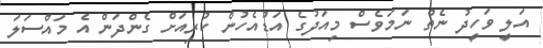
އަލީ ވަހީދު ނެތް ނަމަވެސް މިއަދުގެ އަޑުއެހުން ކުރިއަށް ގެންދަން އެ މައްސަލަ